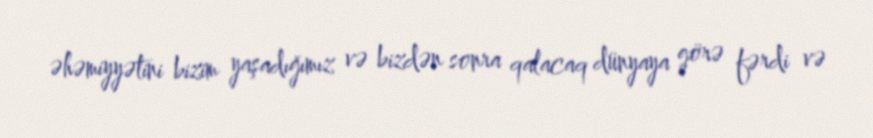
əhəmiyyətini bizim yaşadığımız və bizdən sonra qalacaq dünyaya görə fərdi və